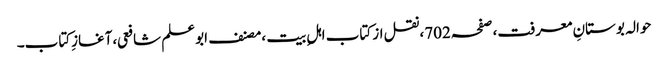
حوالہ بوستانِ معرفت،صفحہ702،نقل از کتاب اہلِ بیت ،مصنف ابوعلم شافعی،آغازِکتاب۔